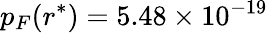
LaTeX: p_{F}(r^{*})=5.48\times 10^{-19}